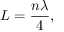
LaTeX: L = { \frac { n \lambda } { 4 } } ,